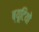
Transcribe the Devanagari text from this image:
ब्यूटियो